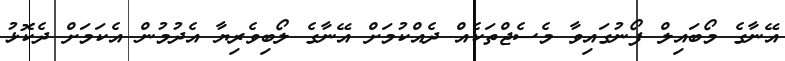
އޭނާގެ މޯބައިލް ފޯނުގައިވާ މެސެޖްތަކެއް ދެއްކުމަށް އޭނާގެ ލޯބިވެރިޔާ އެދުމުން އެކަމަށް ދެކޮޅު